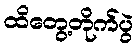
ထိတွေ့တိုက်ပွဲ